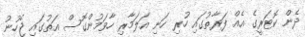
ދެން ކޮޓަރީގެ އެއް ފަރާތުގައި ހުރި ހަނި އަލަމާރި ހާވަމުންގޮސް އަތުގައި ޖެހުނު